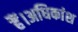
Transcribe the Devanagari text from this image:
हैं।अधिकांश